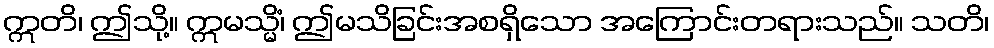
ဣတိ၊ ဤသို့။ ဣမသ္မိံ၊ ဤမသိခြင်းအစရှိသော အကြောင်းတရားသည်။ သတိ၊